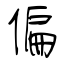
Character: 偏